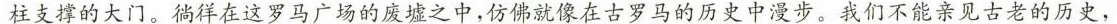
柱支撑的大门。徜徉在这罗马广场的废墟之中，仿佛就像在古罗马的历史中漫步。我们不能亲见古老的历史，